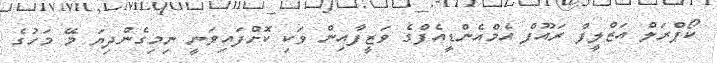
ކޯޕްރަލް އަޒްލީފް ރައޫފް އެމްއެންޑީއެފްގެ ވަޒީފާއިން ވަކި ކޮށްފައިވަނީ ނިމިގެންދިޔަ މޭ މަހުގެ